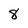
Character: 8